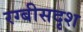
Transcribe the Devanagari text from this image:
रग्बीसदृश